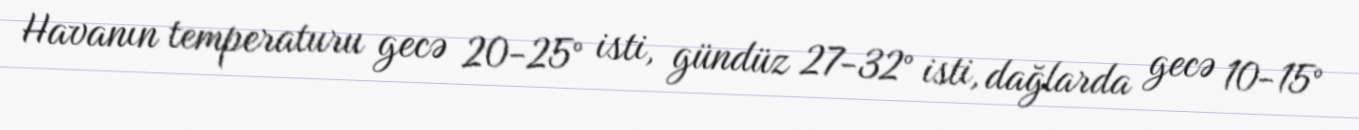
Havanın temperaturu gecə 20-25° isti, gündüz 27-32° isti, dağlarda gecə 10-15°